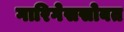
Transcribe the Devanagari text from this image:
गारिगेससोबत